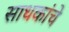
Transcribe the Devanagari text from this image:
साधकांचे